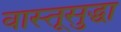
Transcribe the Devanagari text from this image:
वास्तूसुद्धा